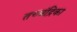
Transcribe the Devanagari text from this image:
तच्‍चंद्रिका